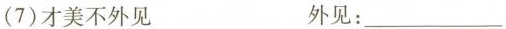
(7)才美不外见 外见：___